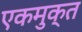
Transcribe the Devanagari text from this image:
एकमुक्त